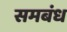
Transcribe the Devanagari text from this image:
समबंध